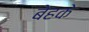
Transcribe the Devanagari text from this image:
बेहके